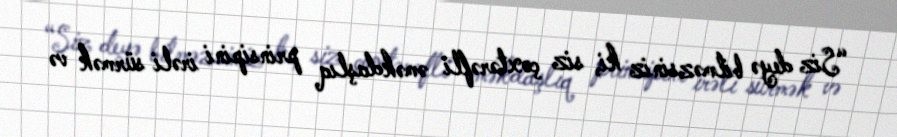
“Siz deyə bilməzsiniz ki, siz çoxtərəfli əməkdaşlıq prinsipini irəli sürmək və